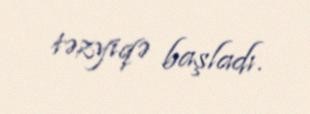
təzyiqə başladı.